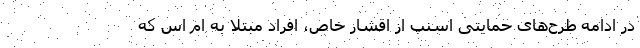
در ادامه طرح‌های حمایتی اسنپ از اقشار خاص، افراد مبتلا به ام اس که